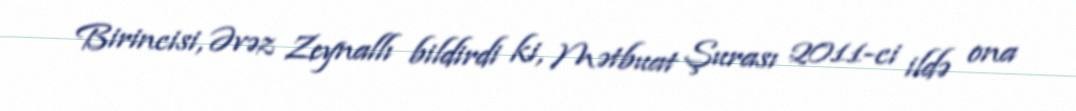
Birincisi, Əvəz Zeynallı bildirdi ki, Mətbuat Şurası 2011-ci ildə ona